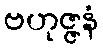
ဗဟုဇ္ဇနံ